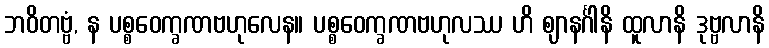
ဘဝိတဗ္ဗံ, န ပစ္စဝေက္ခဏဗဟုလေန။ ပစ္စဝေက္ခဏဗဟုလဿ ဟိ ဈာနင်္ဂါနိ ထူလာနိ ဒုဗ္ဗလာနိ